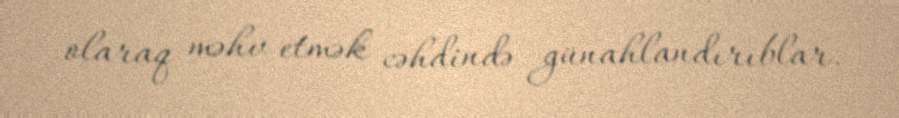
olaraq məhv etmək cəhdində günahlandırıblar.